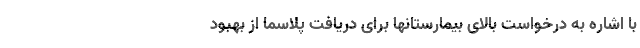
با اشاره به درخواست بالای بیمارستانها برای دریافت پلاسما از بهبود